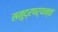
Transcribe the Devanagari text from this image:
समुद्रपर्यन्त